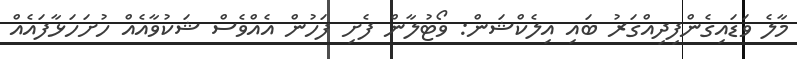
މާލެ ވަޑައިގެންފިދިއްގަރު ބައި އިލެކްޝަން: ވޯޓުލާން ފެށި ފަހުން އެއްވެސް ޝަކުވާއެއް ހުށަހަޅާފައެއް